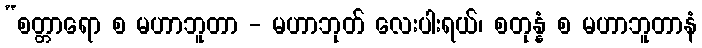
“စတ္တာရော စ မဟာဘူတာ - မဟာဘုတ် လေးပါးရယ်၊ စတုန္နံ စ မဟာဘူတာနံ